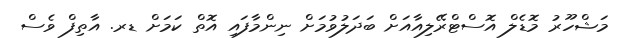
މަޝްހޫރު މޮޑެލް އޮސްޓްރޭލިއާއަށް ބަދަލުވުމަށް ނިންމާފައި އޮތް ކަމަށް ޑރ. އާތިފް ވެސް